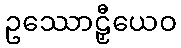
ဥဿောဠှီယေဝ